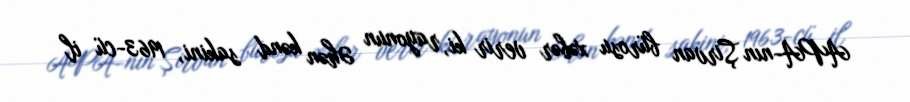
APA-nın Şirvan bürosu xəbər verir ki, rayonun Əhən kənd sakini, 1963-cü il